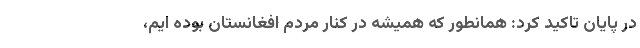
در پایان تاکید کرد: همانطور که همیشه در کنار مردم افغانستان بوده ایم،